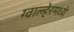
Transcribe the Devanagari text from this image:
ग्वाल्हेरमध्ये